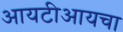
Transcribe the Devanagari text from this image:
आयटीआयचा